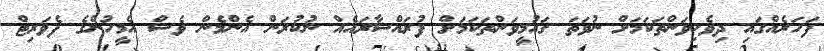
ފަހަރެއްގައި ދިވެހިވަންތަކަމަށް ނުވަތަ ގައުމީވަންތަކަމަށް ފުރައްސާރައެއް ނުކުރަން އެންމެން ވެސް އެމީހުންގެ ފެވަރިޓް